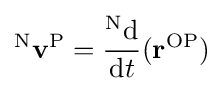
{}^{\mathrm {N} }\mathbf {v} ^{\mathrm {P} }={\frac {{}^{\mathrm {N} }\mathrm {d} }{\mathrm {d} t}}(\mathbf {r} ^{\mathrm {OP} })